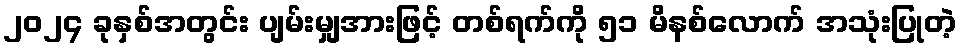
၂၀၂၄ ခုနှစ်အတွင်း ပျမ်းမျှအားဖြင့် တစ်ရက်ကို ၅၁ မိနစ်လောက် အသုံးပြုတဲ့